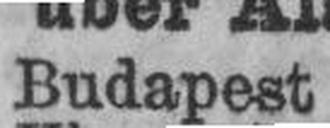
Budapest